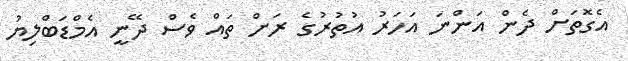
އެގޮތަށް ދެން އަންނަ އަހަރު އުތުރުގެ ރަށް ތައް ވެސް ދޭނީ އެމްޑަބްލިޔު